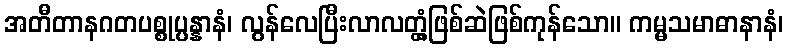
အတီတာနဂတပစ္စုပ္ပန္နာနံ၊ လွန်လေပြီးလာလတ္တံ့ဖြစ်ဆဲဖြစ်ကုန်သော။ ကမ္မသမာဓာနာနံ၊